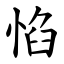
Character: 惂